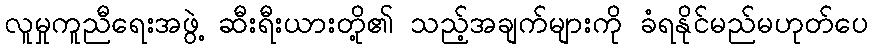
လူမှုကူညီရေးအဖွဲ့ ဆီးရီးယားတို့၏ သည့်အချက်များကို ခံရနိုင်မည်မဟုတ်ပေ